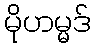
မိုဟမ္မဒ်